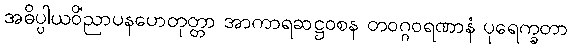
အဓိပ္ပါယဝိညာပနဟေတုတ္တာ အာကာရဆဋ္ဌဝစနံ တဝဂ္ဂဝရဏာနံ ပုရေက္ခတာ